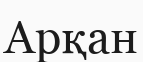
Арқан